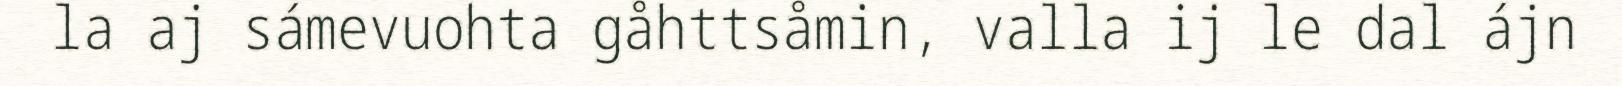
la aj sámevuohta gåhttsåmin, valla ij le dal ájn